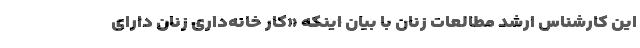
این کارشناس ارشد مطالعات زنان با بیان اینکه «کار خانه‌داری زنان دارای